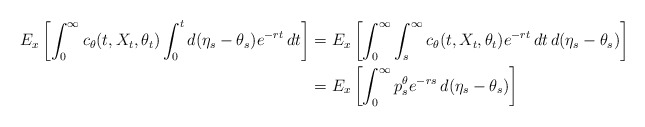
\begin{align*}E_x\left[ \int_0^{\infty}c_{\theta}(t,X_t,\theta_t)\int_{0}^{t}d(\eta_s-\theta_s)e^{-rt}\,dt\right] &= E_x\left[\int_{0}^{\infty}\int_{s}^{\infty}c_{\theta}(t,X_t,\theta_t)e^{-rt}\,dt\,d(\eta_s-\theta_s)\right] \\&= E_x\left[\int_{0}^{\infty}p_{s}^{\theta}e^{-rs}\,d(\eta_s-\theta_s)\right]\end{align*}